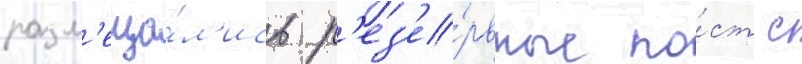
разм'еща́л'ись р'ез'е́рвные по́ст с